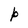
Character: P